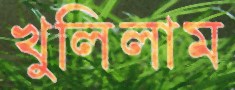
খুলিলাম